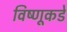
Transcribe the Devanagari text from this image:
विष्णूकडे